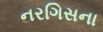
નરગિસના